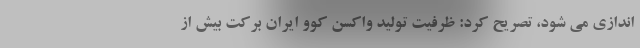
اندازی می شود، تصریح کرد: ظرفیت تولید واکسن کوو ایران برکت بیش از